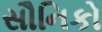
સૌનિકો